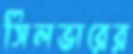
সিলভারের